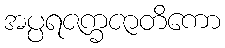
အပ္ပရဇက္ခဇာတိကော